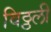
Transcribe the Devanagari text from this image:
विठ्ठली